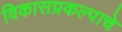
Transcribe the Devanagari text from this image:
विकासप्रकल्पाचे